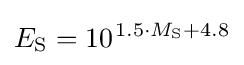
E_{\mathrm {S} }=10^{\;\!1.5\cdot M_{\mathrm {S} }+4.8}